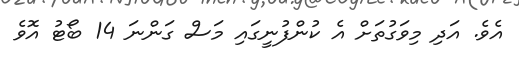
އެވެ. އަދި މިވަގުތަށް އެ ކުންފުނީގައި މަސް ގަންނަ 14 ބޯޓު އޮވެ